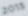
2015